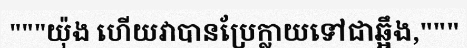
"""យ៉ុង ហើយវាបានប្រែក្លាយទៅជាឆ្អឹង,"""